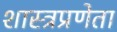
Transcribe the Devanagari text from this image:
शास्त्रप्रणेता